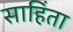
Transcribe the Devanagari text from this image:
साहिंता